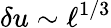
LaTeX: \delta u\sim\ell^{1/3}